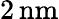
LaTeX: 2\, \mathrm{nm}